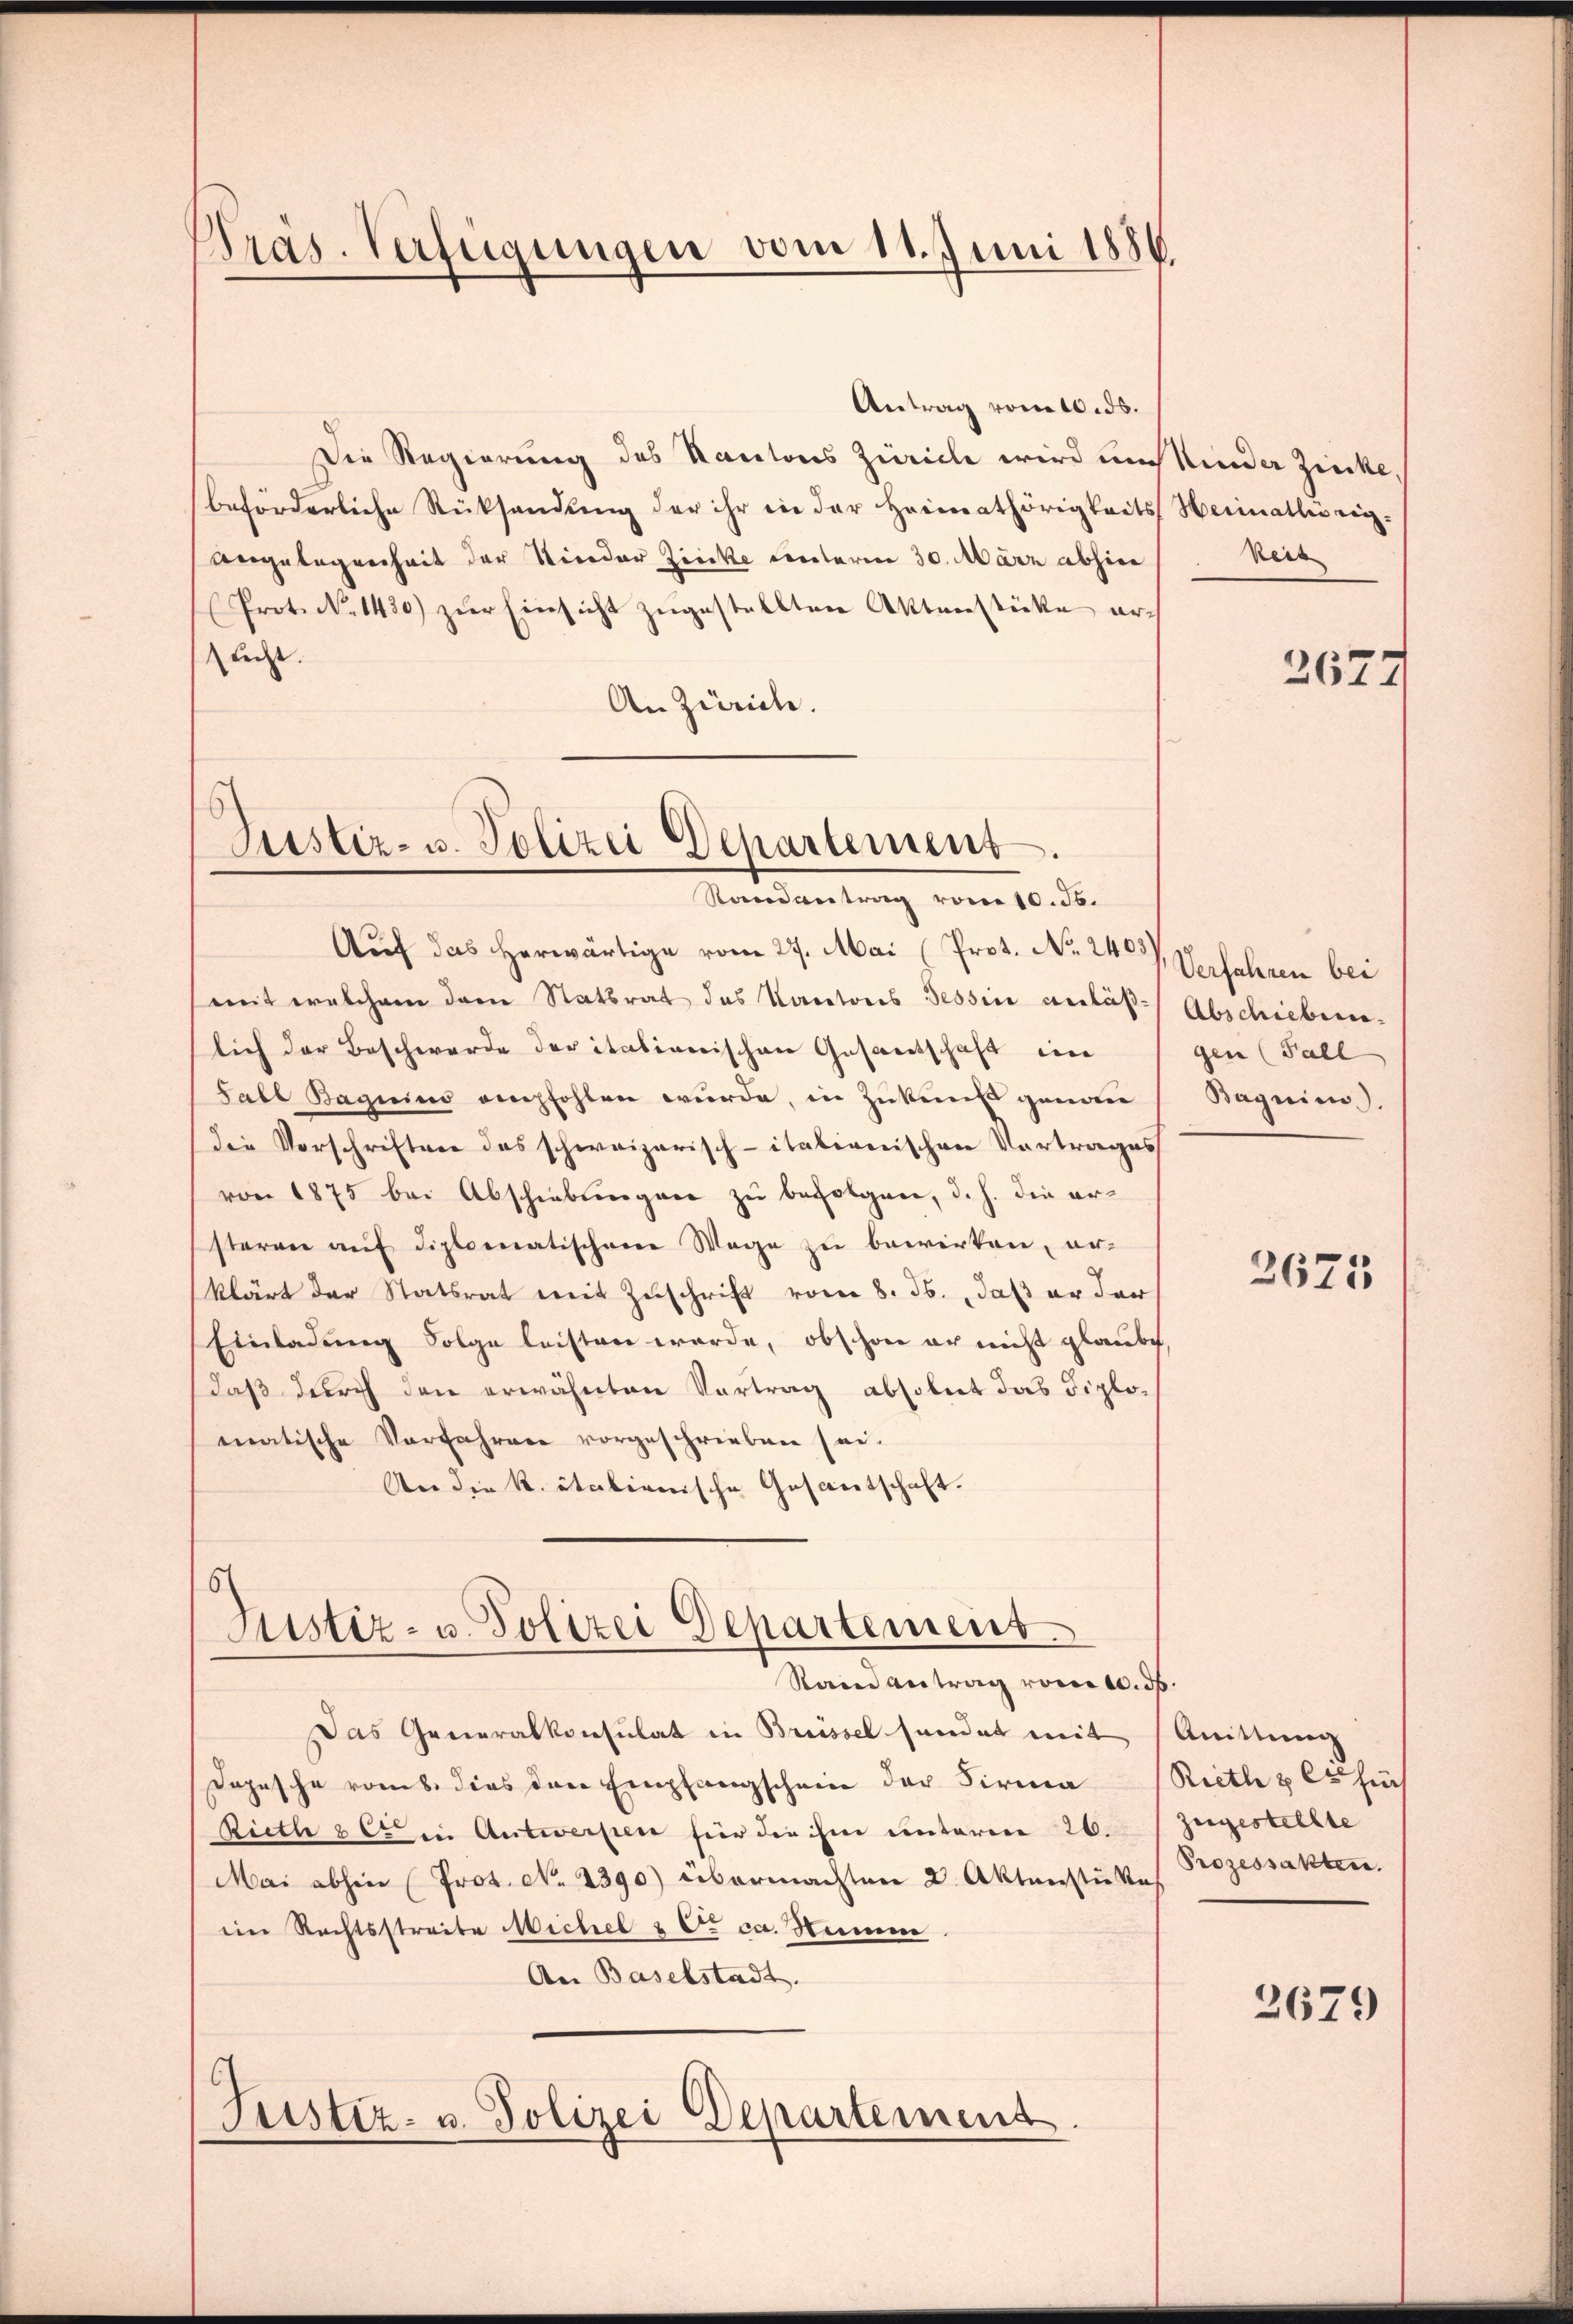
Präs. Verfügungen vom 11. Juni 1886.

Antrag vom 10. ds.
Die Regierung des Kantons Zürich wird und Kinder Zucke
beförderliche Rücksendung der ihr in der Heimathörigkeits Heimathrig-
Angelegenheit der Nieder Zirke unterm 30. März abhin
Prot. N. 1430) zŭr Einsicht zŭgestellten Aktenstücke erlecht.
An Zürich.

Justiz- u. Polizei Departement.
Kandantrag vom 10. ds.

Auf das herwärtige vom 27. Mai (Prot. No. 240, Verfahren bei
mit welchem dann Statsrat des Karatoris Tessin anläß-Abschiebenelich der Beschwerde der italinerischen Gesantschaft ei
Fall Baginius empfohlen wurde, in Zukunft genaie
Die Vorschriften das schweizerisch-itationischen Vortrages
von 1875 bei Abschiebungen zu befolgen, d. h. die ersteren auf diplomatischene Wege zu bewirken, er-
klärt der Statsrat mit Zŭschrift vom 8. ds. daß er der
Einladung Folge leisten werde, obschon er nicht glaube,
daß durch den erwähnten Vortrag absolut das Fiplomatische Vorfahren vorgeschrieben sei¬
An die k. italienische Gesamtschaft.

Justiz- u. Polizei Departement
Raine Antrag vom 10. ds.

Das Generalkonsulat in Brüssel sandat mit
Jopische rom. dies der Empfangschein der Firma
Rieth 8 C in Antwerpen für die ihm unterm 26.
Mai abhin (Prot. No 2390) übermachten 2. Aktenstükes
eim Rechtsstreite Michel & Co. ca. Hemme.
An Baselstadt.
Justiz- u. Polizei Departement

Reis

gen Fall
Bagnien)

2677

2675

Quittung
Reith & es füh
zugestellte
Prozessakten.

2679